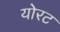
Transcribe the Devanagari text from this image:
योरट